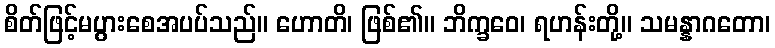
စိတ်ဖြင့်မပွားစေအပပ်သည်။ ဟောတိ၊ ဖြစ်၏။ ဘိက္ခဝေ၊ ရဟန်းတို့။ သမန္နာဂတော၊